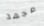
مجهد